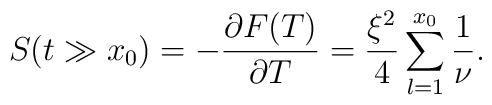
S(t \gg x_0)= -\frac{\partial F(T)}{\partial T}=\frac{\xi^2}{4}\sum_{l=1}^{x_0} \frac{1}{\nu}.